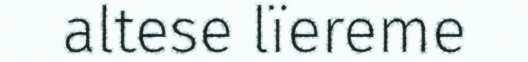
altese lïereme